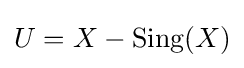
U=X-{\text{Sing}}(X)